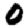
Digit: 0